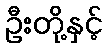
ဦးတို့နှင့်